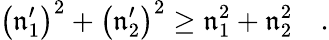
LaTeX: \left(\mathfrak{n}_{1}^{\prime}\right)^{2}+\left(\mathfrak{n}_{2}^{\prime}\right)^{2}\ge\mathfrak{n}_{1}^{2}+\mathfrak{n}_{2}^{2}\quad.